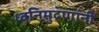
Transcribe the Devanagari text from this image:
ध्वनिमुद्रणांनी